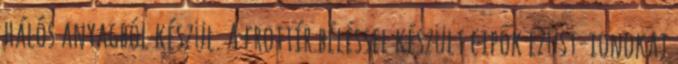
hálós anyagból készül. A frottír béléssel készült cipők ezüst-ionokat